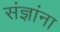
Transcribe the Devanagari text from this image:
संज्ञांना